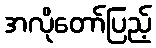
အလိုတော်ပြည့်